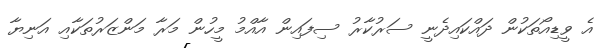
އެ ވީޑިއޯތަކުން ދައްކައިދެނީ ސަރުކާރު ސިފައިން އާއްމު މީހުން މަރާ މަންޒަރުތަކާއި އަނިޔާ